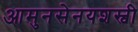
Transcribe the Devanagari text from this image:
आमुनसेनयशस्वी